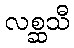
လစ္ဆသီ